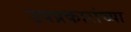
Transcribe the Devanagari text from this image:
उपप्रकारांच्या